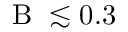
\mathrm { ~ B ~ } \lesssim 0 . 3